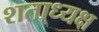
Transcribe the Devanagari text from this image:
शताध्यक्ष